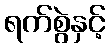
ရက်စွဲနှင့်